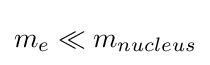
m_{e}\ll m_{nucleus}